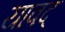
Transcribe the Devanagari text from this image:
यावद्